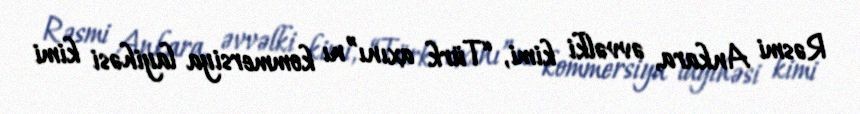
Rəsmi Ankara, əvvəlki kimi, “Türk axını”nı kommersiya layihəsi kimi